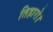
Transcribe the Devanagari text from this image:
तिहारो।